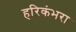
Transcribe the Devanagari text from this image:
हरिकंभरा